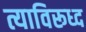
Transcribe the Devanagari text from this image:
त्याविरूध्द